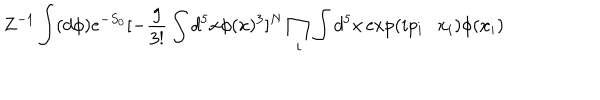
Z ^ { - 1 } \int ( d \phi ) e ^ { - S _ { 0 } } [ - \frac { g } { 3 ! } \int d ^ { 5 } x \phi ( x ) ^ { 3 } ] ^ { N } \prod _ { i } \int d ^ { 5 } x \exp ( i p _ { i } \cdot x _ { i } ) \phi ( x _ { i } )